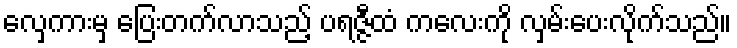
လှေကားမှ ပြေးတက်လာသည့် ပရဇ္ဇီထံ ကလေးကို လှမ်းပေးလိုက်သည်။